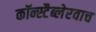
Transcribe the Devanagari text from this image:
कॉन्स्टैब्लेरवाच